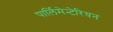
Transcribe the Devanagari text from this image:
पार्लिमेन्टेरियन